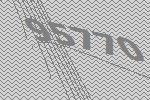
95770